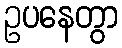
ဥပနေတွာ